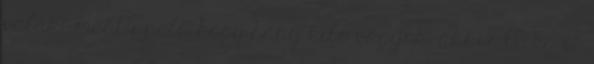
valaki megtippeli, hogy hány kiló vagyok, akkor 60 kg-ot